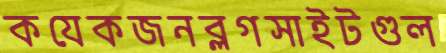
কযেকজনব্লগসাইটগুল